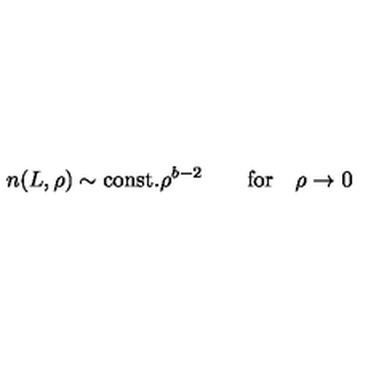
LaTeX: n ( L , \rho ) \sim \mathrm { c o n s t . } \rho ^ { b - 2 } \qquad \mathrm { f o r } \quad \rho \rightarrow 0